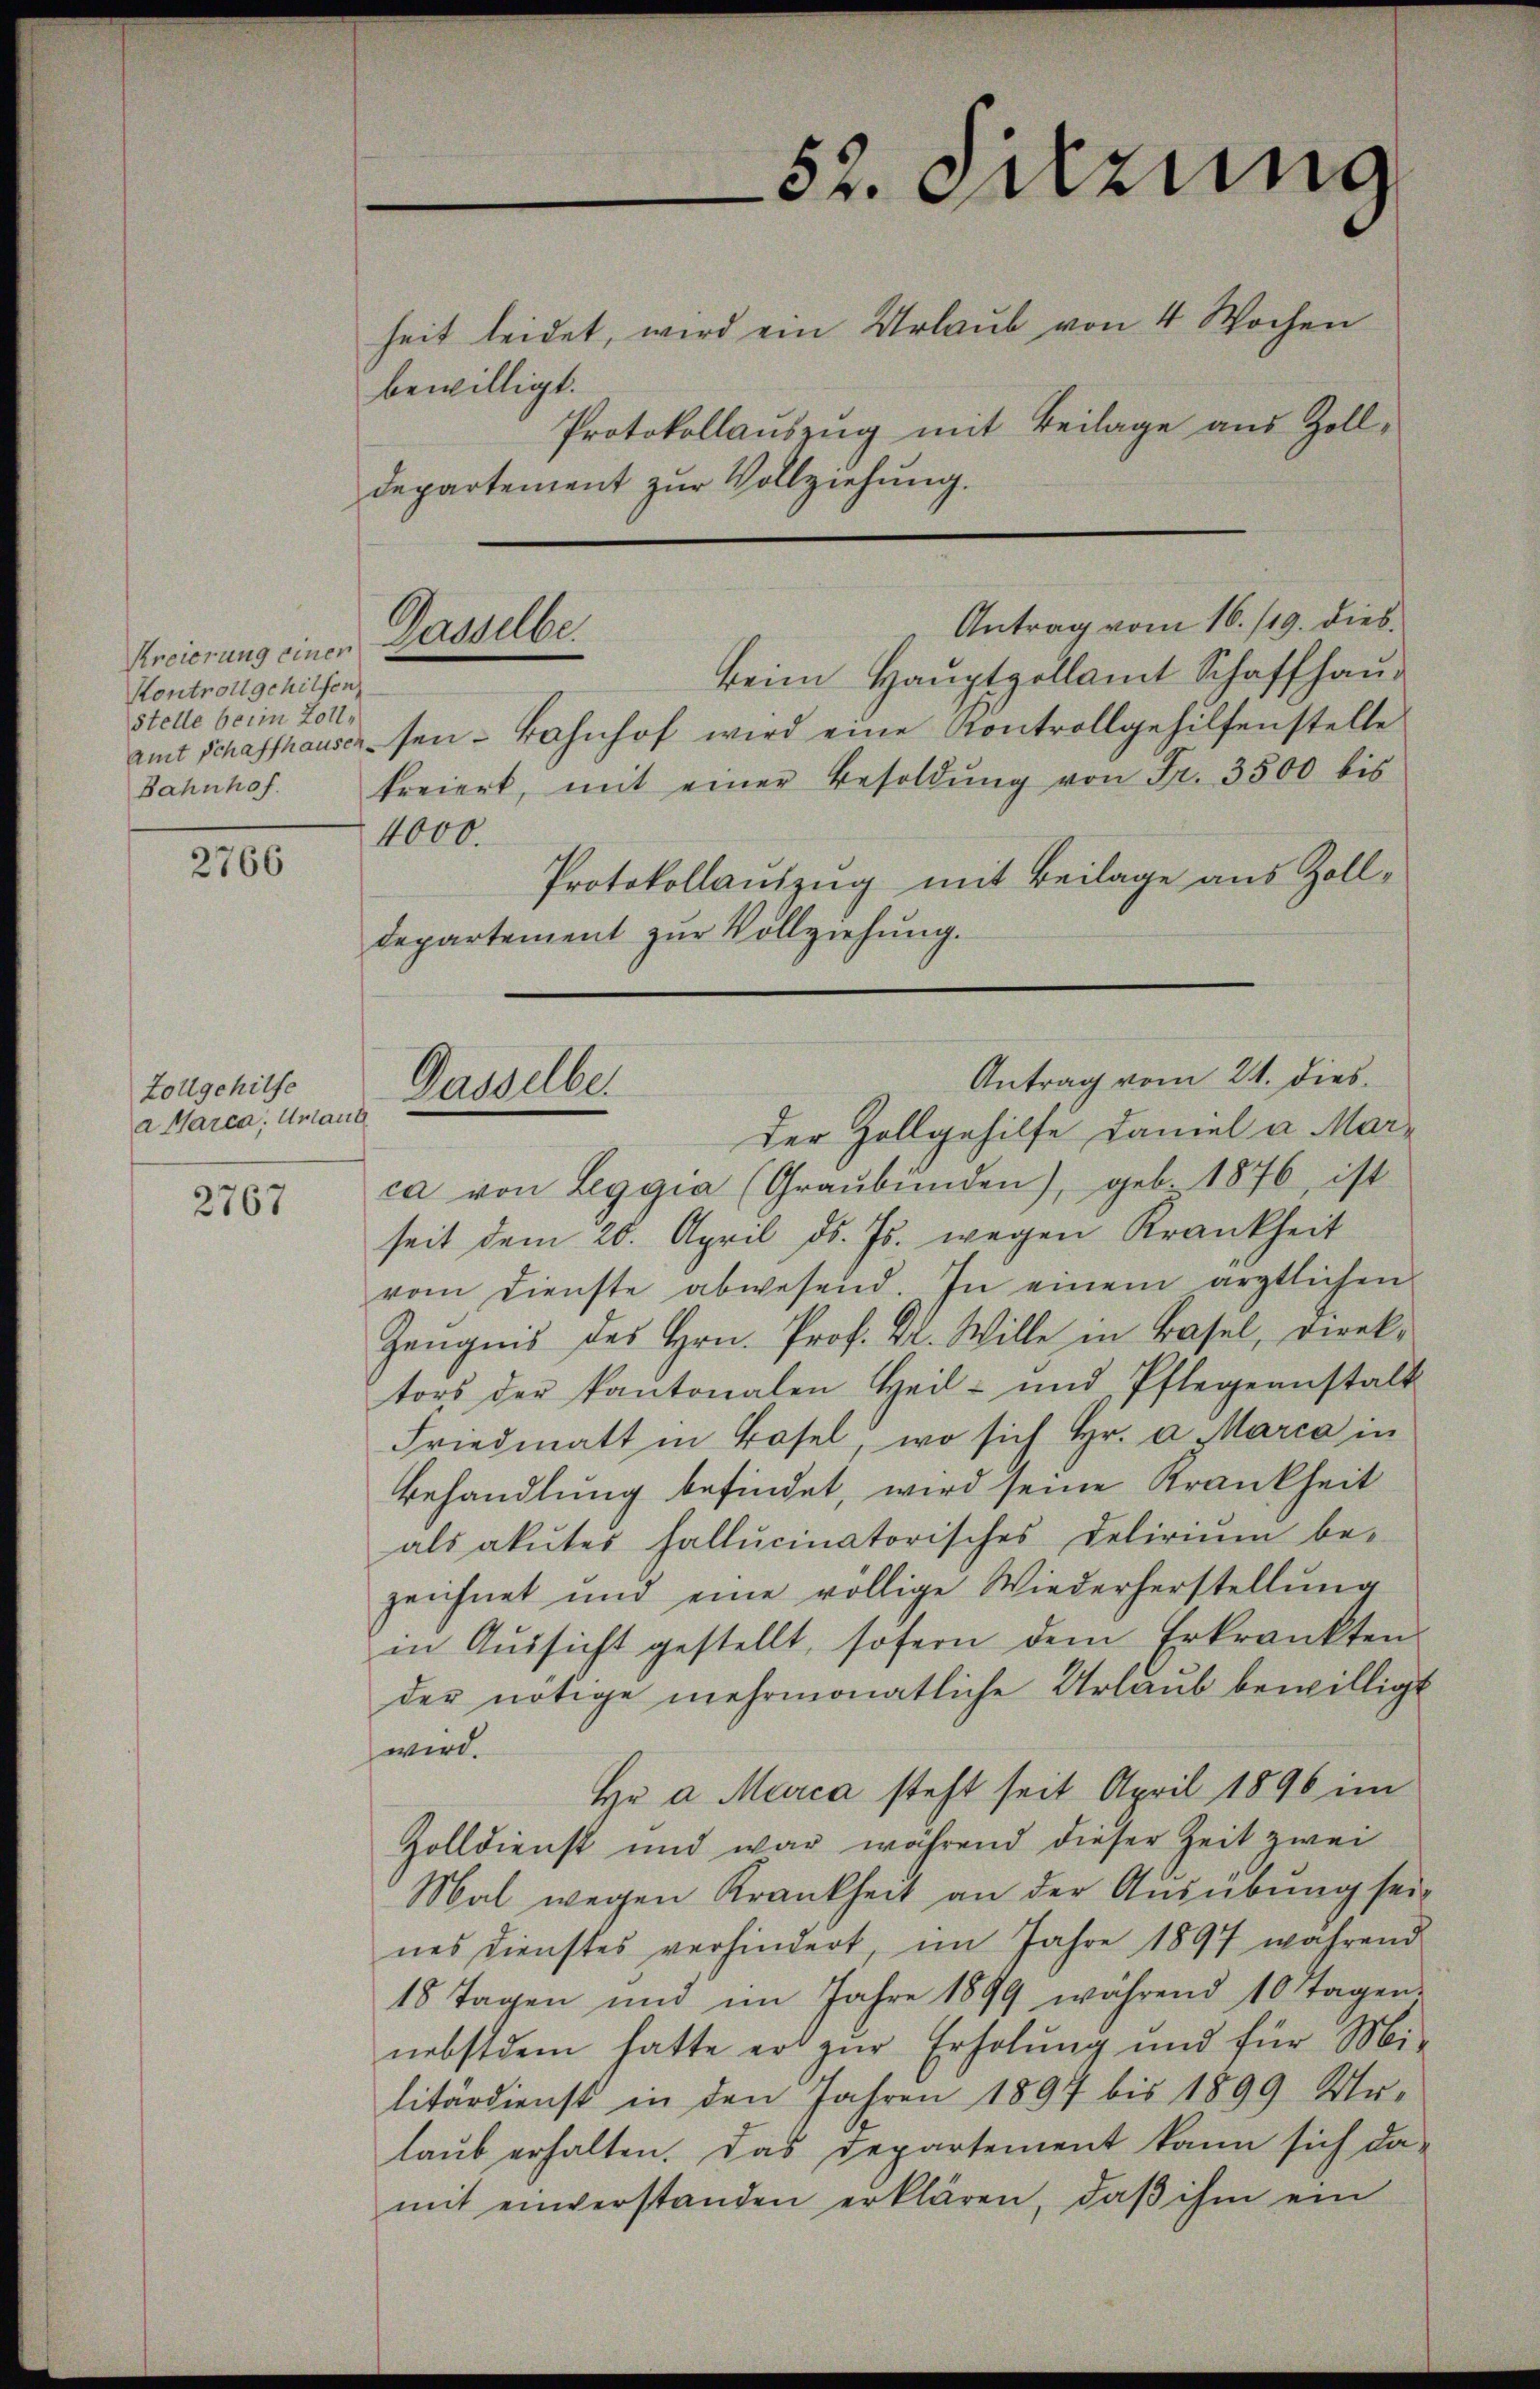
Kreierung einer
Kontroll gehilfen
stelle beim Zoll¬
Amt Schaffhausen.
Bahnhof.
¬

2766

Zollgehilfe
a Marca; Urlaut

2767

bewilligt.
departement zur Vollziehung.

Gamselbe

Antrag vom 16./19. dies
beim Hauptpellamt Schaffhaus
sen- Bahnhof wird eine Kontrollgehilfenstelle
freiert, mit einer Besoldŭng von Fr. 3500 bis
Protokollauszug mit Beilage aus Zolldepartement zur Vollziehung.
Der Zollgehilfe Daniel a Marca von Leggia (Graubünden), geb. 1876, ist
seit dem 20. April d. Js. wegen Krankheit
vom Dienste abwesend. In einem ärztlichen
Zeugnis des Hrn. Prof. Kl. Wille in Basel, Direktors der kantonalen Heil- und Pflegeanstalt
Friedmatt in Basel, wo sich hr. a. Marca in
behandlung befindet, wird seine Krankheit
als akutes haltucinatorisches Delirium be-
zeichnet und eine völlige Wiederherstellung
in Aŭssicht gestellt, sofern dem Erkrankten.
der nötige mehrmonatliche Urlaub bewilligt
wird.
He a Marca steht seit April 1896 im
Zolldienst und war während dieser Zeit zwei
Mal wegen Krankheit an der Ausübung sei-
nes Dienstes verhindert, im Jahre 1897 während
18 Tagen und im Jahre 1899 während 10 Tagen-
nebstdem hatte er zur Erholung und für Mi-
litärdienst in den Jahren 1897 bis 1899 Ur-
laub erhalten. Das Departement kann sich da-
mit einverstanden erklären, daβ ihm ein

4000.

52. Dazung
heit leidet, wird ein Urlaub von 4 Wochen
Protokollauszug mit Beilage aus Zoll¬

Gasselber

Antrag vom 24. dies